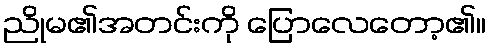
ညိုမ၏အတင်းကို ပြောလေတော့၏။